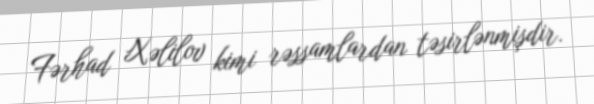
Fərhad Xəlilov kimi rəssamlardan təsirlənmişdir.